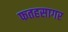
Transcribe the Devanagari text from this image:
फतहसागर